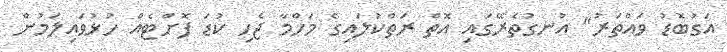
އަގުބޮޑު ވައްތަރު" އުނގުތެރޭގައި އޮތް ރަތްކުލައިގެ މަހްމާ ޖެހި ކުޑަ ފޮށްޓެއް ހުޅުވައިލަމުން